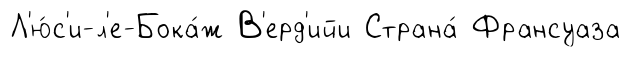
Л'ю́с'и-л'е-Бока́ж В'ерд'ийи Страна́ Франсуаза